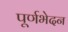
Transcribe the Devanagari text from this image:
पूर्णभेदन